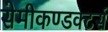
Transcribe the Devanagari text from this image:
सेमीकण्डक्टर्स